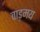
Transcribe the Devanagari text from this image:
वाड़मय